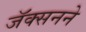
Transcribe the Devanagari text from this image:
जॅक्सनने